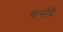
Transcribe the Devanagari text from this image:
कनीदै